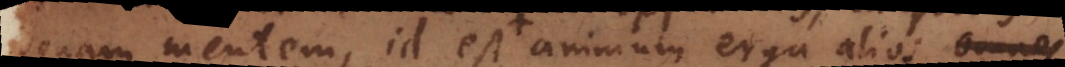
bonam mentem, id est animum erga alios